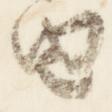
由